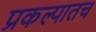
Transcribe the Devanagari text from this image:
प्रकल्पातच